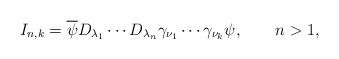
LaTeX: \begin{align*}I_{n,k}=\overline{\psi }D_{\lambda _{1}}\cdots D_{\lambda _{n}}\gamma _{\nu_{1}}\cdots \gamma _{\nu _{k}}\psi ,\qquad n>1,\end{align*}